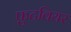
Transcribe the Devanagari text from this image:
फ़ुटवियर